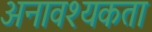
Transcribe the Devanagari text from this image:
अनावश्यकता